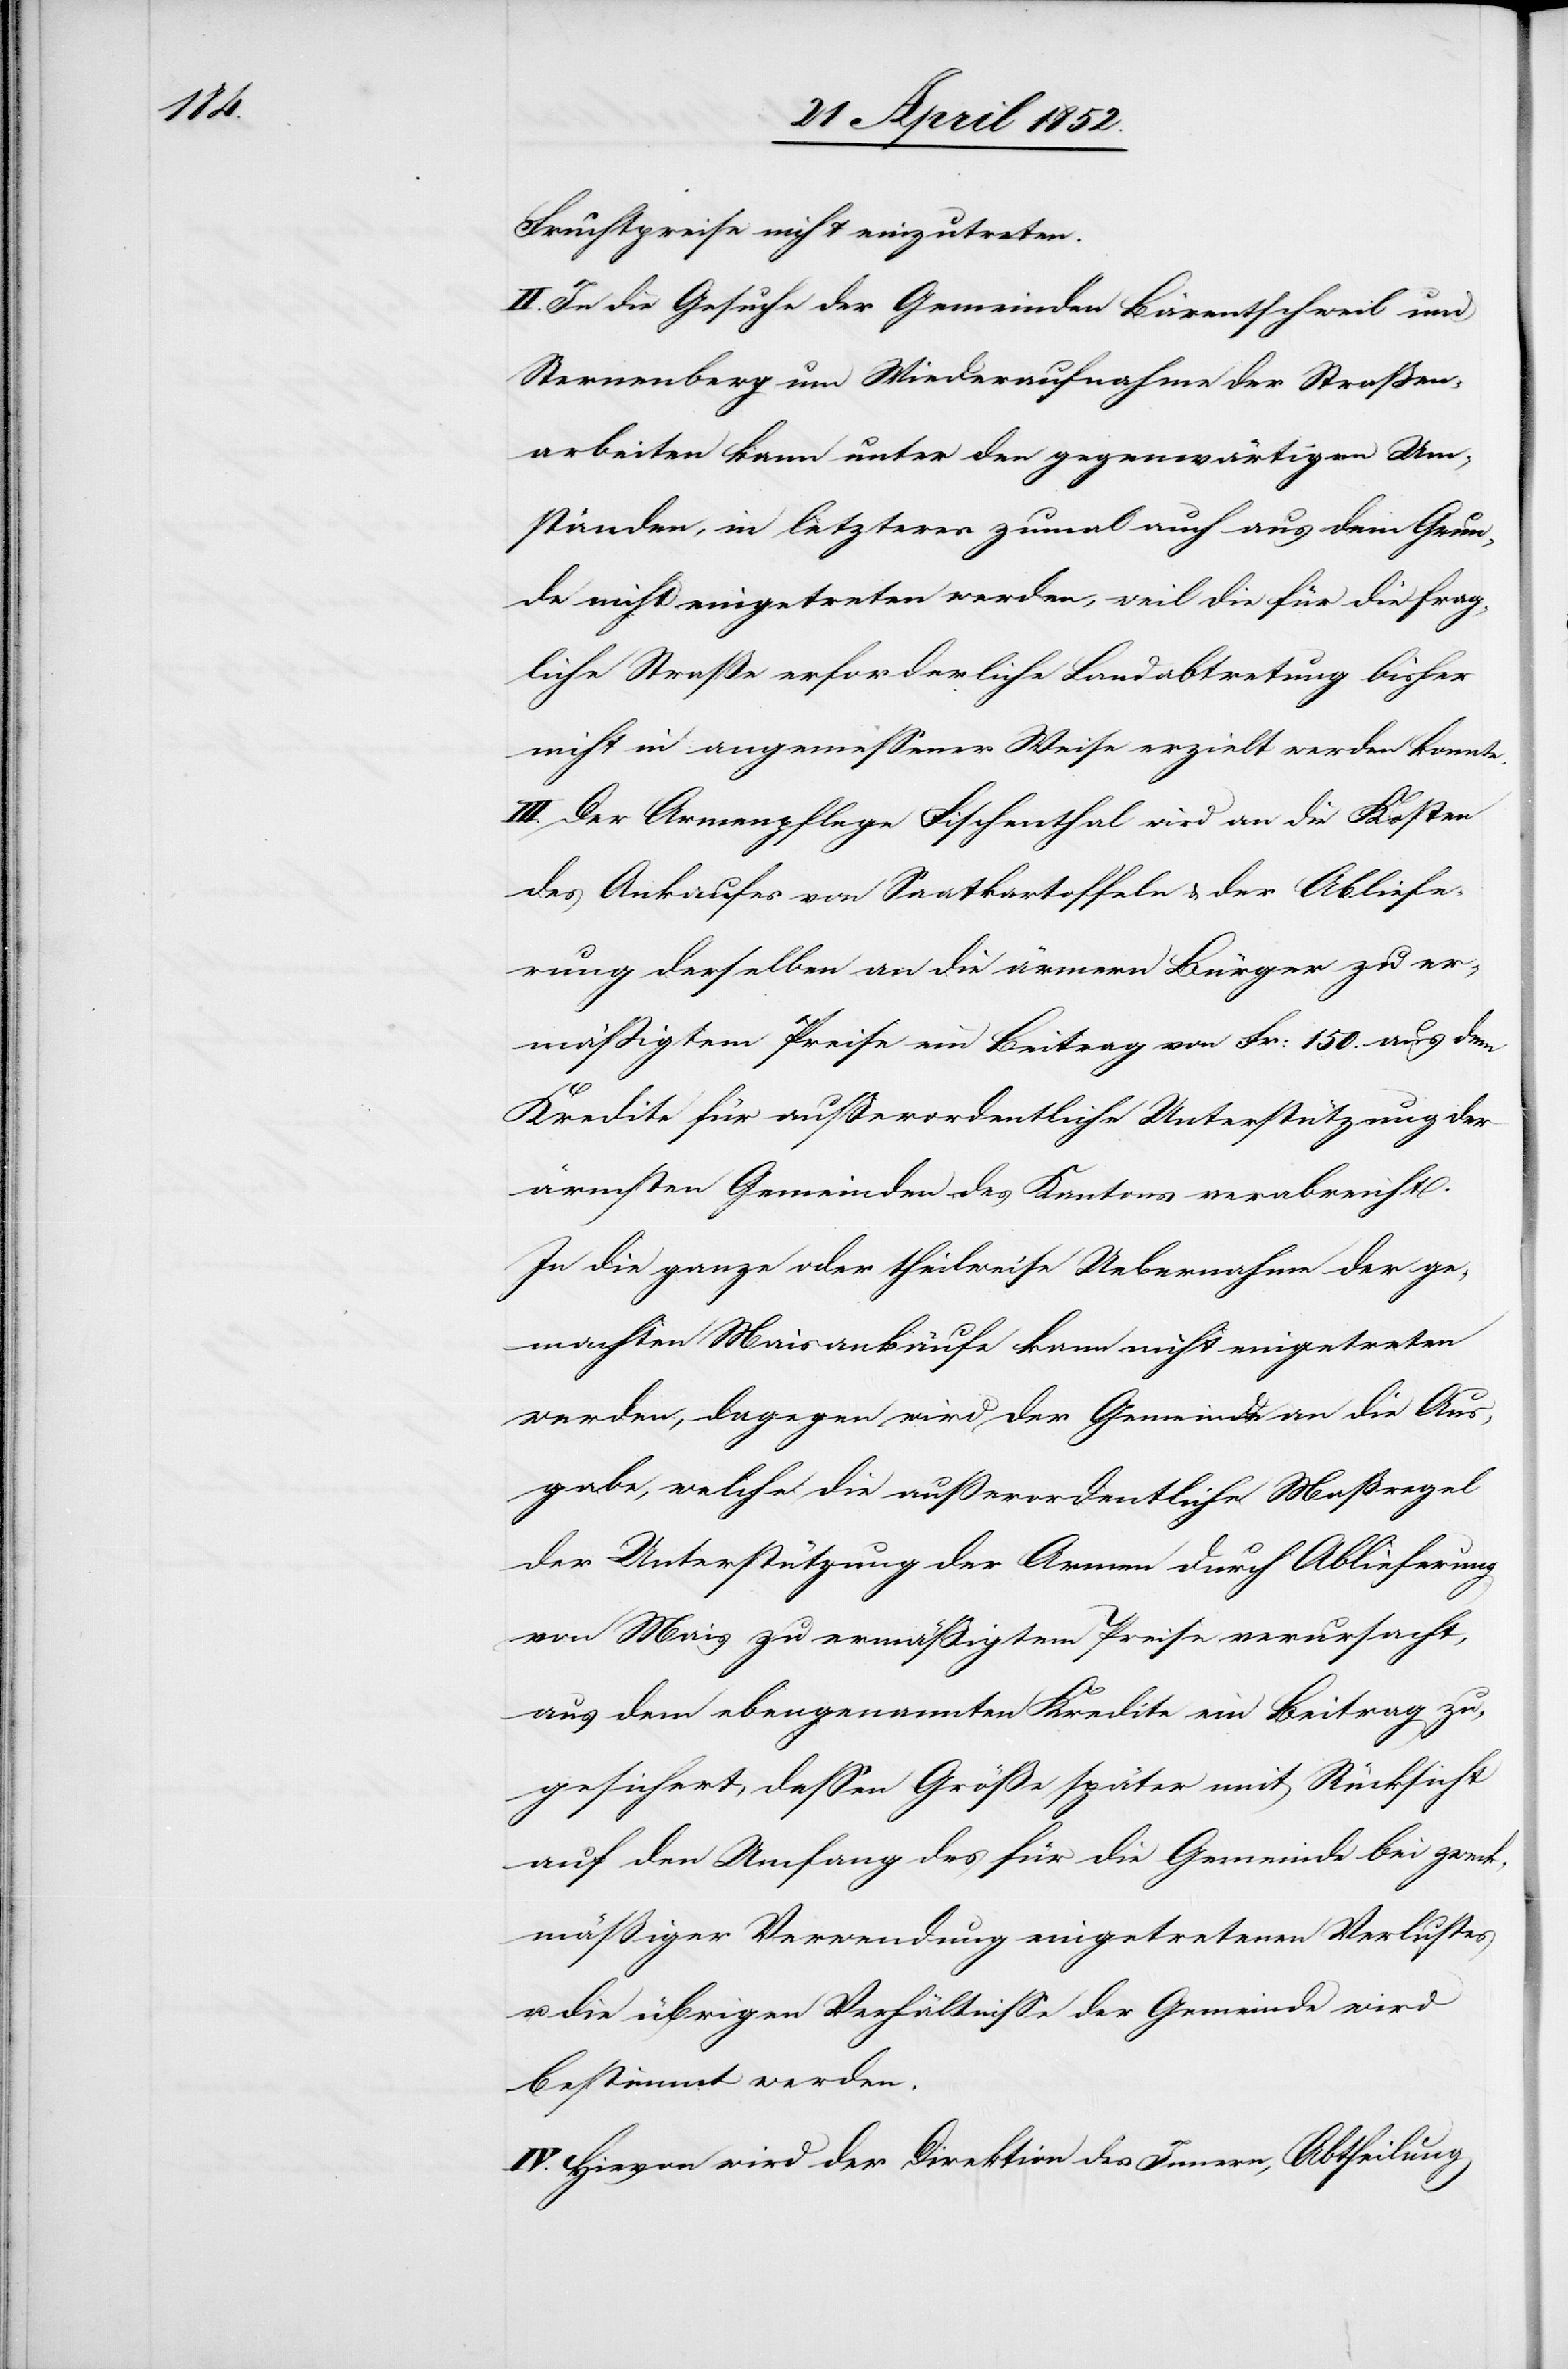
Fruchtpreise nicht einzutreten.
II. In die Gesuche der Gemeinden Bärentschweil und
Sternenberg um Wiederaufnahme der Straßen¬
arbeiten kann unter den gegenwärtigen Um¬
ständen, in letzteres zumal auch aus dem Grun¬
de nicht eingetreten werden, weil die für die frag¬
liche Straße erforderliche Landabtretung bisher
nicht in angemessener Weise erzielt werden konnte.
III. Der Armenpflege Fischenthal wird an die Kosten
des Ankaufes von Saatkartoffeln & der Abliefe¬
rung derselben an die ärmern Bürger zu er¬
mässigtem Preise ein Beitrag von Fr: 150. aus dem
Kredite für ausserordentliche Unterstützung der
ärmsten Gemeinden des Kantons verabreicht.
In die ganze oder theilweise Uebernahme der ge¬
machten Maisankäufe kann nicht eingetreten
werden, dagegen wird der Gemeinde an die Aus¬
gabe, welche die außerordentliche Maßregel
der Unterstützung der Armen durch Ablieferung
von Mais zu ermäßigtem Preise verursacht,
aus dem ebengenannten Kredite ein Beitrag zu¬
gesichert, dessen Größe später mit Rücksicht
auf den Umfang des für die Gemeinde bei zweck¬
mäßiger Verwendung eingetretenen Verlustes
u. die übrigen Verhältnisse der Gemeinde wird
bestimmt werden.
IV. Hievon wird der Diretkion des Innern, Abtheilung